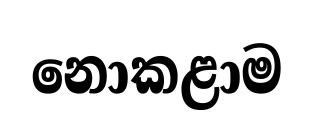
නොකළාම